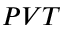
P V T